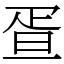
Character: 疍